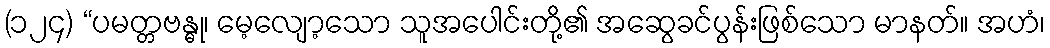
(၁၂၄) “ပမတ္တဗန္ဓု၊ မေ့လျော့သော သူအပေါင်းတို့၏ အဆွေခင်ပွန်းဖြစ်သော မာနတ်။ အဟံ၊